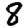
Digit: 8